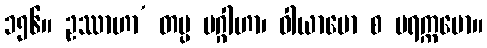
၁၅၆။ ဥဿာဟာ’ တပ္ပ ပဂ္ဂါဟာ၊ ဝါယာမော စ ပရက္ကမော။